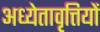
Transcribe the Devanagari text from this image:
अध्येतावृत्तियों